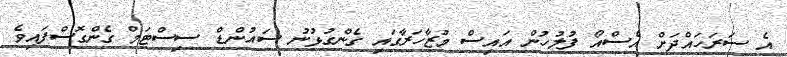
އެ ސަރަހައްދަށް އެސްއޯ ފުލުހުން އައިސް މުޒާހަރާގައި ގެންގުޅުނު ސައުންޑް ސިސްޓަމް ގެންގޮސްފައިވެ